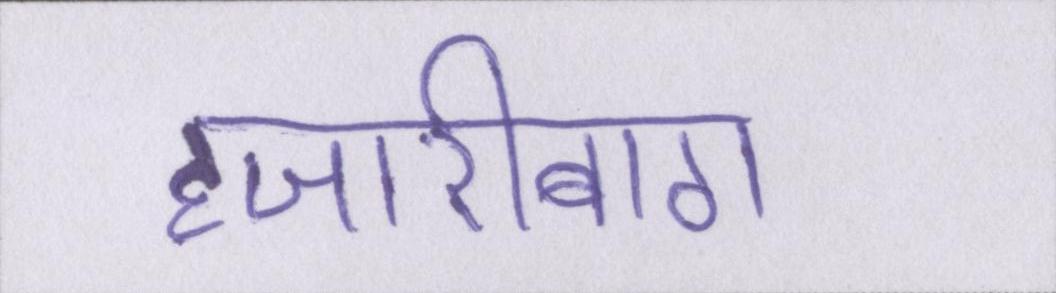
हजारीबाग